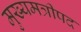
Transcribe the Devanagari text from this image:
मुख्यमत्रीपद